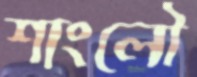
শাংলৌ